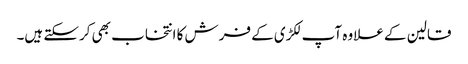
قالین کے علاوہ آپ لکڑی کے فرش کا انتخاب بھی کرسکتے ہیں۔